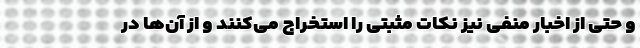
و حتی از اخبار منفی نیز نکات مثبتی را استخراج می‌کنند و از آن‌ها در